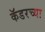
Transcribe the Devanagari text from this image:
कॅडरच्या